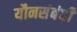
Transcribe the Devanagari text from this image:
यौनसंबंधी